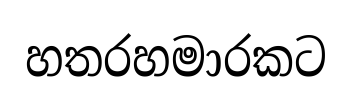
හතරහමාරකට